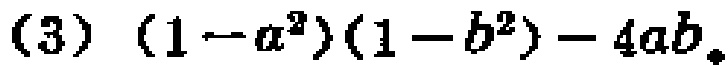
(3) \((1 - a^{2})(1 - b^{2}) - 4ab\)